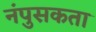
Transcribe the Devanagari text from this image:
नंपुसकता